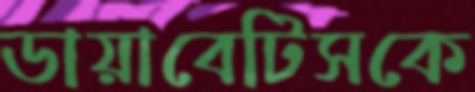
ডায়াবেটিসকে